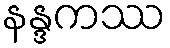
နန္ဒကဿ